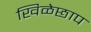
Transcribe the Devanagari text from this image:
खिळेछाप